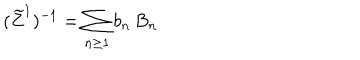
( \widetilde Z ^ { 1 } ) ^ { - 1 } = \sum _ { n \ge 1 } b _ { n } \, B _ { n }